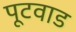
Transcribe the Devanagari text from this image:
पूटवाड